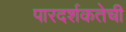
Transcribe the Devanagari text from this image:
पारदर्शकतेची